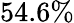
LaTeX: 54.6\%